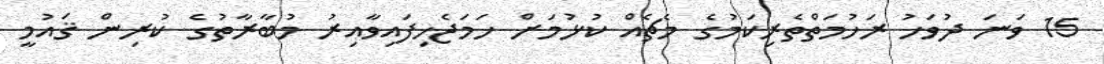
15 ވަނަ ދުވަހު ރަހުމަތްތެރިކަމުގެ މެޗެއް ކުޅުމަށް ހަމަޖެހިފައިވާއިރު މުބާރާތުގެ ކުރިން ޤައުމީ